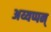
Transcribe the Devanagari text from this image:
अय्यप्पन्